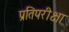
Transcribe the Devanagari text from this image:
प्रतिपरीक्षा